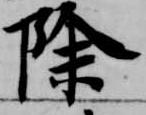
除